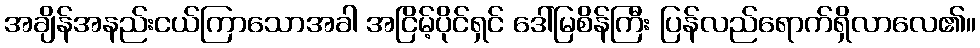
အချိန်အနည်းငယ်ကြာသောအခါ အငြိမ့်ပိုင်ရှင် ဒေါ်မြစိန်ကြီး ပြန်လည်ရောက်ရှိလာလေ၏။